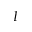
I